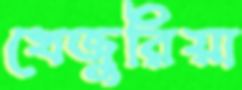
খেজুরিয়া